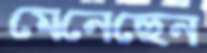
মেনেছেন